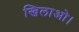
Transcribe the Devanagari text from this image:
खिलाओ।